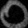
Digit: ၀